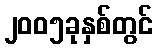
၂၀၀၅ခုနှစ်တွင်